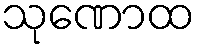
သုဏောထ